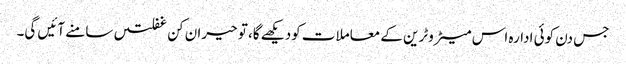
جس دن کوئی ادارہ اس میٹروٹرین کے معاملات کودیکھے گا، تو حیران کن غفلتیں سامنے آئیں گی۔